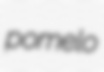
pomelo